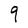
Character: q